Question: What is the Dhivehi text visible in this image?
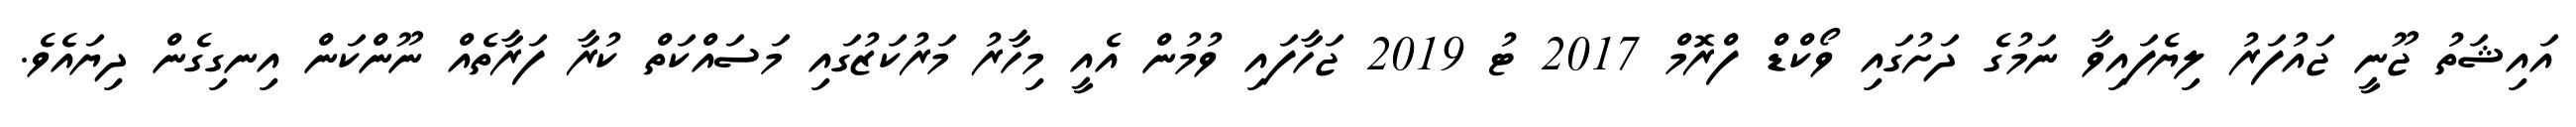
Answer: އައިޝަތު ޖޫނީ ޖައުފަރު ލިޔެފައިވާ ނަމުގެ ދަށުގައި ވޯކްޑް ފްރޮމް 2017 ޓު 2019 ޖަހާފައި ވުމުން އެއީ މިހާރު މަރުކަޒުގައި މަސައްކަތް ކުރާ ފަރާތެއް ނޫންކަން އިނގިގެން ދިޔައެވެ.